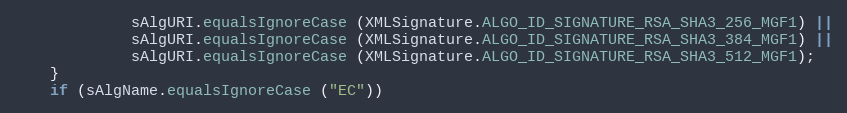
Language: Java
             sAlgURI.equalsIgnoreCase (XMLSignature.ALGO_ID_SIGNATURE_RSA_SHA3_256_MGF1) ||
             sAlgURI.equalsIgnoreCase (XMLSignature.ALGO_ID_SIGNATURE_RSA_SHA3_384_MGF1) ||
             sAlgURI.equalsIgnoreCase (XMLSignature.ALGO_ID_SIGNATURE_RSA_SHA3_512_MGF1);
    }
    if (sAlgName.equalsIgnoreCase ("EC"))